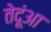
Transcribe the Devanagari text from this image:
तेदूंआ